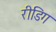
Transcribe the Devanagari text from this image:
रीडिग